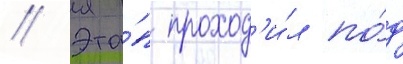
// Эта́п проход'и́л по́д